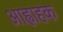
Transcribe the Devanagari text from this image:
आह्वाहक